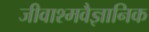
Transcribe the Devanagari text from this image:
जीवाश्मवैज्ञानिक